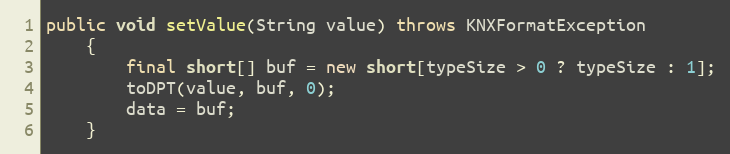
Language: Java
public void setValue(String value) throws KNXFormatException
	{
		final short[] buf = new short[typeSize > 0 ? typeSize : 1];
		toDPT(value, buf, 0);
		data = buf;
	}